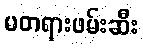
မတရားဖမ်းဆီး